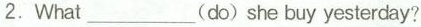
2.What___(do) she buy yesterday?